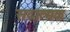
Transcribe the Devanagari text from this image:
सदात्मक